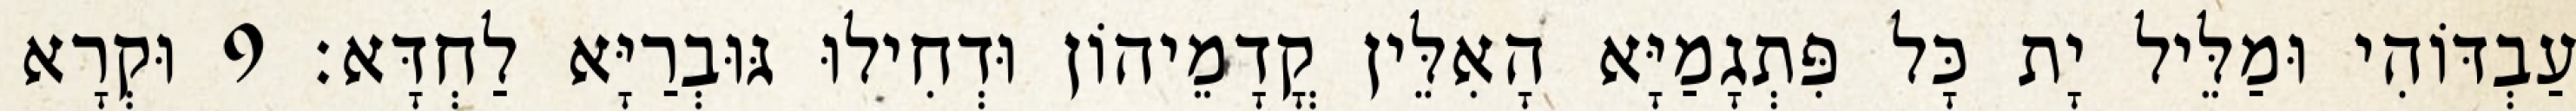
עַבְדּוֹהִי וּמַלֵּיל יָת כָּל פִּתְגָמַיָּא הָאִלֵּין קֳדָמֵיהוֹן וּדְחִילוּ גּוּבְרַיָּא לַחְדָּא׃ 9 וּקְרָא